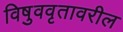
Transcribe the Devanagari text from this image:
विषुववृतावरील